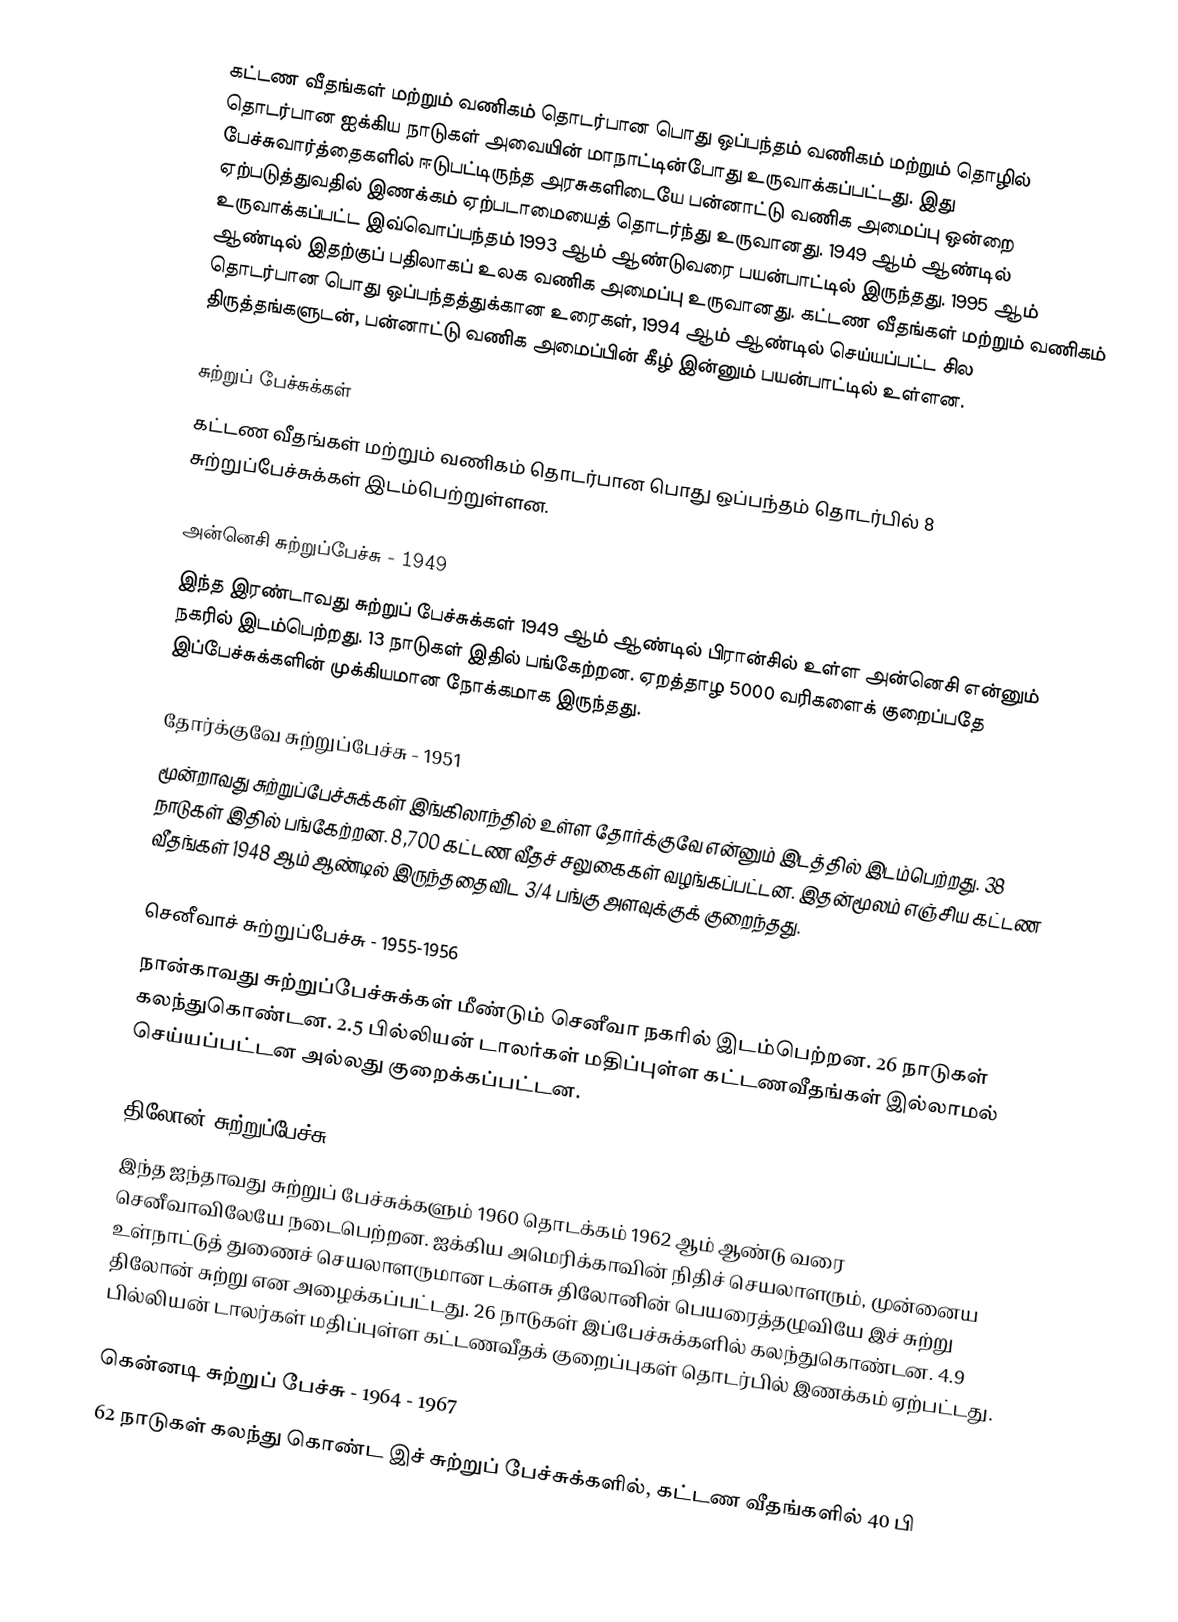
கட்டண வீதங்கள் மற்றும் வணிகம் தொடர்பான பொது ஒப்பந்தம் வணிகம் மற்றும் தொழில் தொடர்பான ஐக்கிய நாடுகள் அவையின் மாநாட்டின்போது உருவாக்கப்பட்டது. இது பேச்சுவார்த்தைகளில் ஈடுபட்டிருந்த அரசுகளிடையே பன்னாட்டு வணிக அமைப்பு ஒன்றை ஏற்படுத்துவதில் இணக்கம் ஏற்படாமையைத் தொடர்ந்து உருவானது. 1949 ஆம் ஆண்டில் உருவாக்கப்பட்ட இவ்வொப்பந்தம் 1993 ஆம் ஆண்டுவரை பயன்பாட்டில் இருந்தது. 1995 ஆம் ஆண்டில் இதற்குப் பதிலாகப் உலக வணிக அமைப்பு உருவானது. கட்டண வீதங்கள் மற்றும் வணிகம் தொடர்பான பொது ஒப்பந்தத்துக்கான உரைகள், 1994 ஆம் ஆண்டில் செய்யப்பட்ட சில திருத்தங்களுடன், பன்னாட்டு வணிக அமைப்பின் கீழ் இன்னும் பயன்பாட்டில் உள்ளன.

சுற்றுப் பேச்சுக்கள்
கட்டண வீதங்கள் மற்றும் வணிகம் தொடர்பான பொது ஒப்பந்தம் தொடர்பில் 8 சுற்றுப்பேச்சுக்கள் இடம்பெற்றுள்ளன.

அன்னெசி சுற்றுப்பேச்சு - 1949
இந்த இரண்டாவது சுற்றுப் பேச்சுக்கள் 1949 ஆம் ஆண்டில் பிரான்சில் உள்ள அன்னெசி என்னும் நகரில் இடம்பெற்றது. 13 நாடுகள் இதில் பங்கேற்றன. ஏறத்தாழ 5000 வரிகளைக் குறைப்பதே இப்பேச்சுக்களின் முக்கியமான நோக்கமாக இருந்தது.

தோர்க்குவே சுற்றுப்பேச்சு - 1951
மூன்றாவது சுற்றுப்பேச்சுக்கள் இங்கிலாந்தில் உள்ள தோர்க்குவே என்னும் இடத்தில் இடம்பெற்றது. 38 நாடுகள் இதில் பங்கேற்றன. 8,700 கட்டண வீதச் சலுகைகள் வழங்கப்பட்டன. இதன்மூலம் எஞ்சிய கட்டண வீதங்கள் 1948 ஆம் ஆண்டில் இருந்ததைவிட 3/4 பங்கு அளவுக்குக் குறைந்தது.

செனீவாச் சுற்றுப்பேச்சு - 1955-1956
நான்காவது சுற்றுப்பேச்சுக்கள் மீண்டும் செனீவா நகரில் இடம்பெற்றன. 26 நாடுகள் கலந்துகொண்டன. 2.5 பில்லியன் டாலர்கள் மதிப்புள்ள கட்டணவீதங்கள் இல்லாமல் செய்யப்பட்டன அல்லது குறைக்கப்பட்டன.

திலோன் சுற்றுப்பேச்சு - 1960-1962
இந்த ஐந்தாவது சுற்றுப் பேச்சுக்களும் 1960 தொடக்கம் 1962 ஆம் ஆண்டு வரை செனீவாவிலேயே நடைபெற்றன. ஐக்கிய அமெரிக்காவின் நிதிச் செயலாளரும், முன்னைய உள்நாட்டுத் துணைச் செயலாளருமான டக்ளசு திலோனின் பெயரைத்தழுவியே இச் சுற்று திலோன் சுற்று என அழைக்கப்பட்டது. 26 நாடுகள் இப்பேச்சுக்களில் கலந்துகொண்டன. 4.9 பில்லியன் டாலர்கள் மதிப்புள்ள கட்டணவீதக் குறைப்புகள் தொடர்பில் இணக்கம் ஏற்பட்டது.

கென்னடி சுற்றுப் பேச்சு - 1964 - 1967
62 நாடுகள் கலந்து கொண்ட இச் சுற்றுப் பேச்சுக்களில், கட்டண வீதங்களில் 40 பி